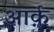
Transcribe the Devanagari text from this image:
आर्क़